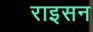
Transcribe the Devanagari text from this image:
राइसन